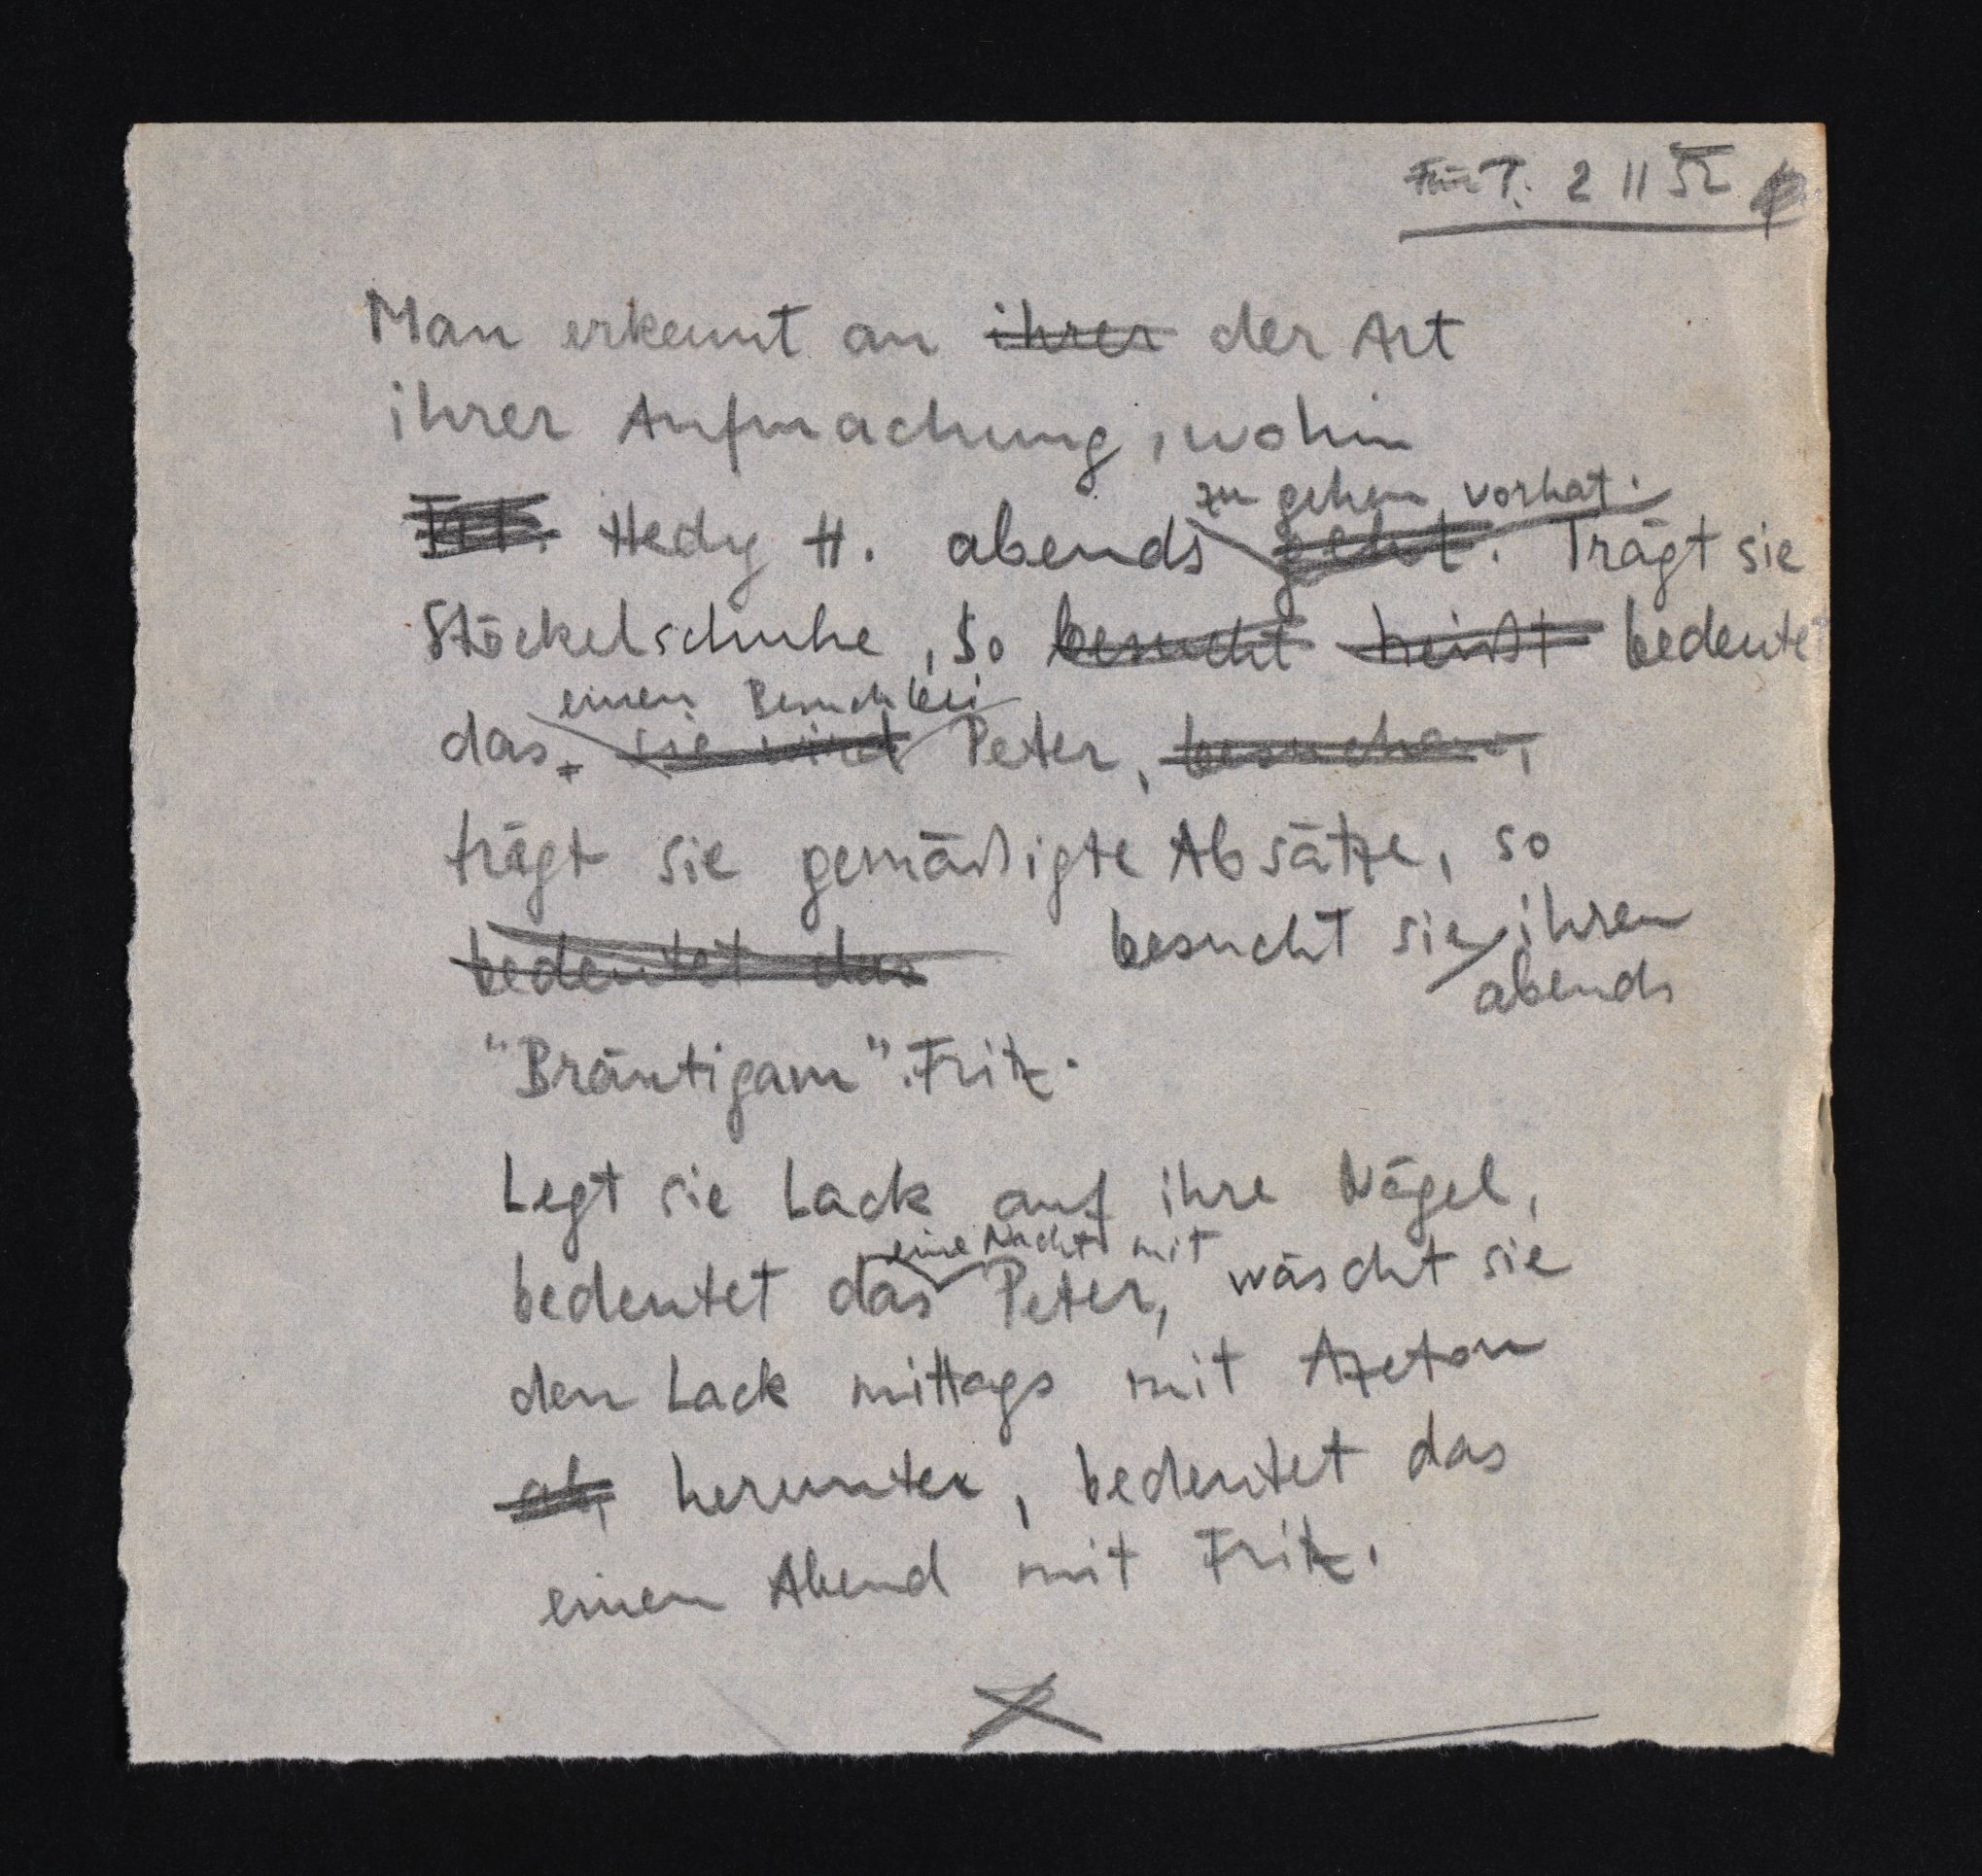
Für T: 2 11 52
Man erkennt an ihrer der Art
ihrer Aufmachung, wohin
zu gehen vorhat.
Frl. Hedy H. abends geht. Trägt sie
Stöckelschuhe, so besucht heißt bedeutet
einen Besuch bei
das, sie wird Peter, besuchen,
trägt sie gemäßigte Absätze, so
bedeutet das besucht sie ihren
abends
"Bräutigam" Fritz.
Legt sie Lack auf ihre Nägel,
eine Nacht mit
bedeutet das Peter, wäscht sie
den Lack mittags mit Azeton
ab, herunter, bedeutet das
einen Abend mit Fritz.